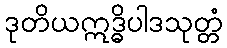
ဒုတိယဣဒ္ဓိပါဒသုတ္တံ